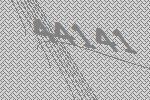
44141